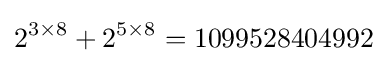
2^{3\times 8}+2^{5\times 8}=1099528404992